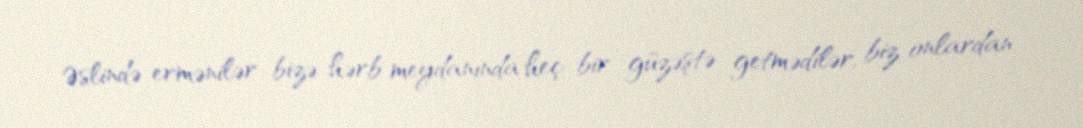
Əslində ermənilər bizə hərb meydanında heç bir güzəştə getmədilər, biz onlardan